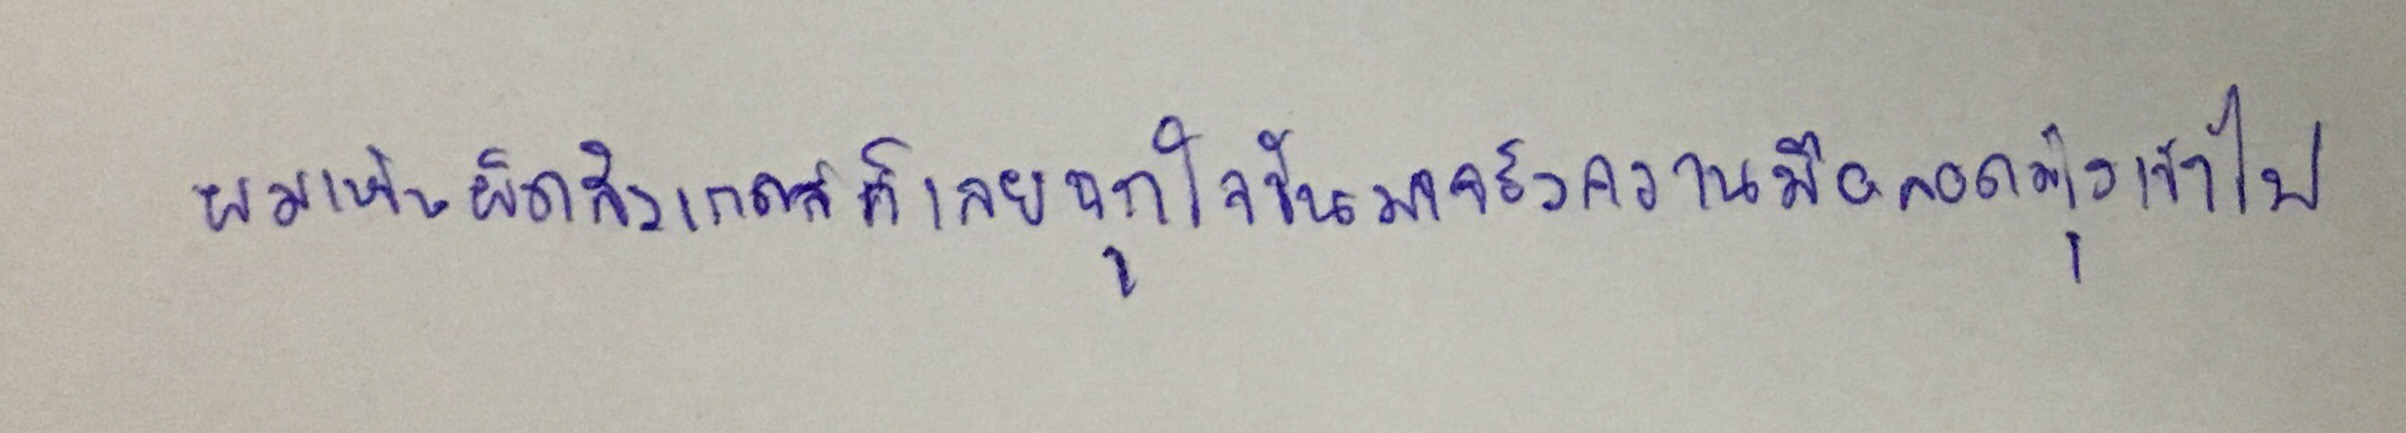
ผมเห็นผิดสังเกตก็เลยฉุกใจขึ้นมาจึงควานมือลอดมุ้งเข้าไป